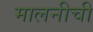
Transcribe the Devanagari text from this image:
मालनीची